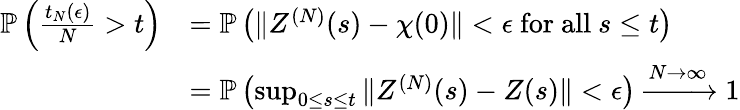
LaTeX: \begin{array}{rl}{\mathbb{P}\left(\frac{t_{N}(\epsilon)}{N}>t\right)}&{=\mathbb{P}\left(\| Z^{(N)}(s)-\chi(0)\| <\epsilon\mathrm{~for~all~}s\le t\right)}\\ &{=\mathbb{P}\left(\operatorname*{sup}_{0\le s\le t}\| Z^{(N)}(s)-Z(s)\| <\epsilon\right)\xrightarrow{N\to\infty}1}\end{array}